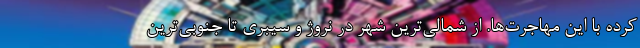
کرده با این مهاجرت‌ها. از شمالی‌ترین شهر در نروژ و سیبری تا جنوبی‌ترین